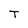
Character: T